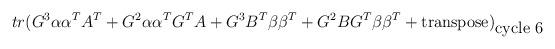
LaTeX: \begin{align*}tr(G^3\alpha \alpha ^TA^T+G^2\alpha \alpha ^TG^TA+G^3B^T\beta\beta ^T+G^2BG^T\beta \beta ^T+\mbox{transpose})_{\mbox{cycle 6}}\end{align*}